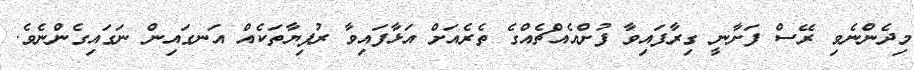
މިދެންނެވި ރޭސް ފަށާނީ ގިރާފައިވާ ފުށްއެއްޗެއްގެ ތެރެއަށް އަޅާފައިވާ ރުފިޔާތަކެއް އަނގައިން ނަގައިގެންނެވެ.